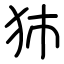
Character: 犻